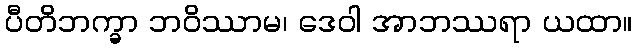
ပီတိဘက္ခာ ဘဝိဿာမ၊ ဒေဝါ အာဘဿရာ ယထာ။